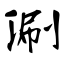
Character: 涮